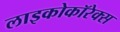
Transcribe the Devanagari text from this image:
लाइकोकॉरेक्स